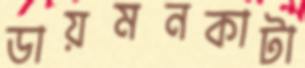
ডায়মনকাটা